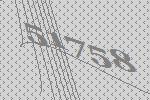
51758